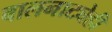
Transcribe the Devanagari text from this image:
बालनाट्येही